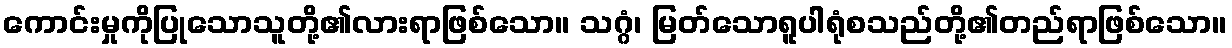
ကောင်းမှုကိုပြုသောသူတို့၏လားရာဖြစ်သော။ သဂ္ဂံ၊ မြတ်သောရူပါရုံစသည်တို့၏တည်ရာဖြစ်သော။